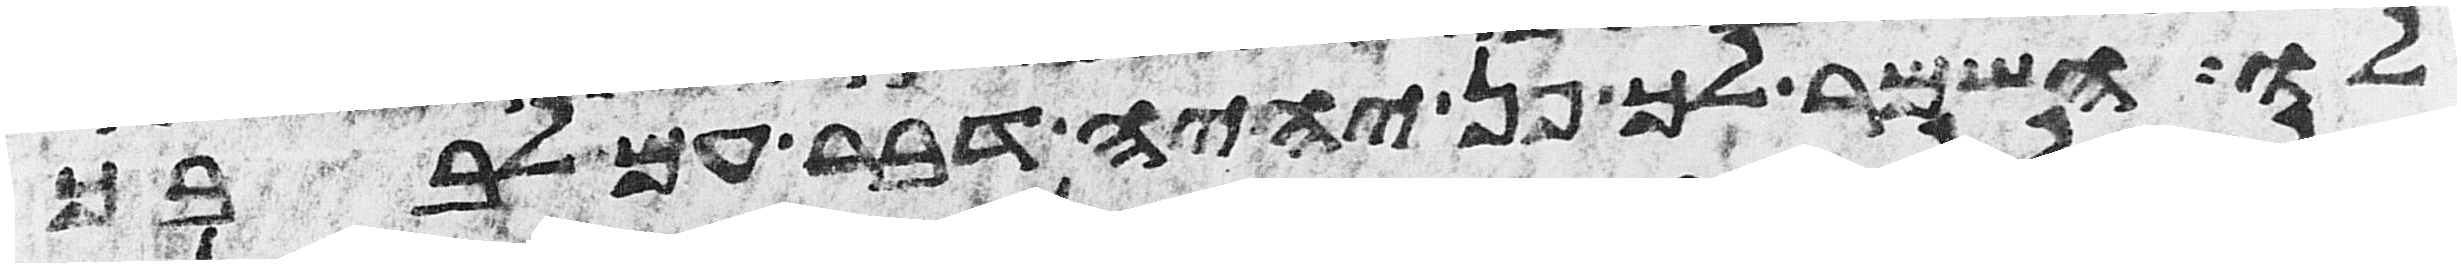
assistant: לו השמר לך פן יהיה דבר עם לבבך